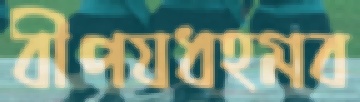
বীপযধহমব